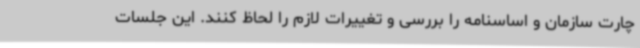
چارت سازمان و اساسنامه را بررسی و تغییرات لازم را لحاظ کنند. این جلسات